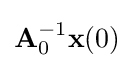
\mathbf {A} _{0}^{-1}\mathbf {x} (0)